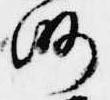
略